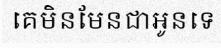
គេមិនមែនជាអូនទេ